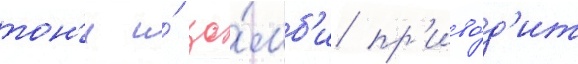
тон'и и́ зо́мб'и пр'иво́д'ит